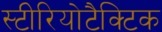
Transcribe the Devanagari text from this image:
स्टीरियोटैक्टिक